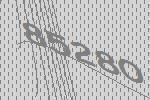
85280